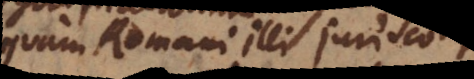
quam Romani illi Jurisconsulti